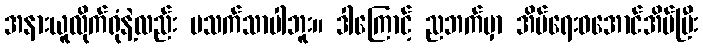
အနားယူလိုက်ရုံနဲ့လည်း မသက်သာပါဘူး။ ဒါကြောင့် ညဘက်မှာ အိပ်ရေးဝအောင်အိပ်ပြီး